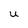
Character: U